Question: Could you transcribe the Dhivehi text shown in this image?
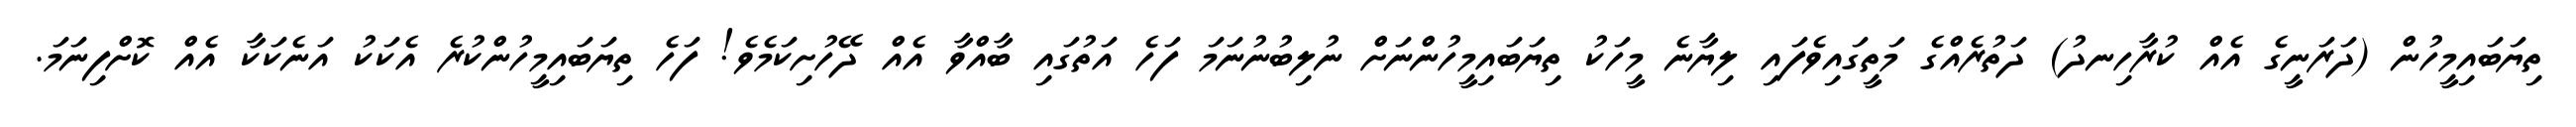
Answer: ތިޔަބައިމީހުން (ދަރަނީގެ އެއް ކުރާހިނދު) ދަތުރެއްގެ މަތީގައިވެފައި ލިޔާނެ މީހަކު ތިޔަބައިމީހުންނަށް ނުލިބުނުނަމަ ފަހެ އަތުގައި ބާއްވާ އެއް ދޭހުށިކަމެވެ! ފަހެ ތިޔަބައިމީހުންކުރެ އެކަކު އަނެކަކާ އެއް ކޮށްފިނަމަ.